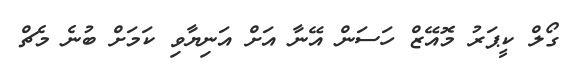
ގޯލް ކީޕަރު މޮއޭޒް ހަސަން އޭނާ އަށް އަނިޔާވި ކަމަށް ބުނެ މެޗް